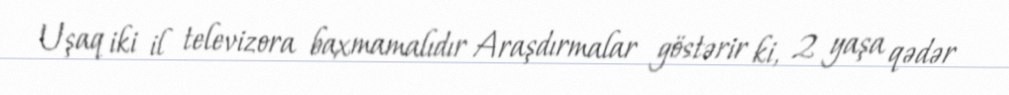
Uşaq iki il televizora baxmamalıdır Araşdırmalar göstərir ki, 2 yaşa qədər